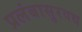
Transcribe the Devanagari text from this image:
प्रलंबासुरवध